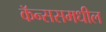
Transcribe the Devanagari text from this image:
कॅन्ससमधील